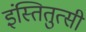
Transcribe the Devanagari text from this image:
इंस्तितुत्सी